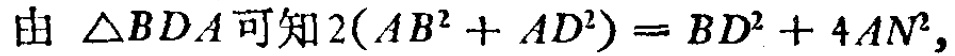
由 \(\triangle BDA\) 可知 \(2(AB^{2}+AD^{2}) = BD^{2}+4AN^{2}\)，